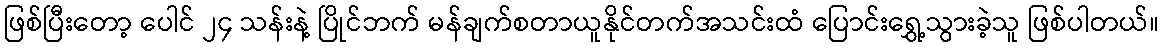
ဖြစ်ပြီးတော့ ပေါင် ၂၄ သန်းနဲ့ ပြိုင်ဘက် မန်ချက်စတာယူနိုင်တက်အသင်းထံ ပြောင်းရွှေ့သွားခဲ့သူ ဖြစ်ပါတယ်။